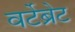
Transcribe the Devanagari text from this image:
वर्टेब्रेट